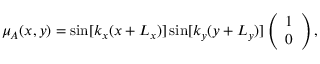
\mu _ { A } ( x , y ) = \sin [ k _ { x } ( x + L _ { x } ) ] \sin [ k _ { y } ( y + L _ { y } ) ] \left( \begin{array} { c } { 1 } \\ { 0 } \end{array} \right) ,